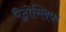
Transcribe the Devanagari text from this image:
पैट्रोग्लिफ